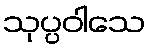
သုပ္ပဝါသေ